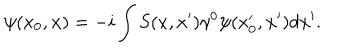
\psi ( x _ { 0 } , { \bf x } ) = - i \int S ( x , x ^ { \prime } ) \gamma ^ { 0 } \psi ( x _ { 0 } ^ { \prime } , { \bf x ^ { \prime } } ) d { \bf x } ^ { \prime } .